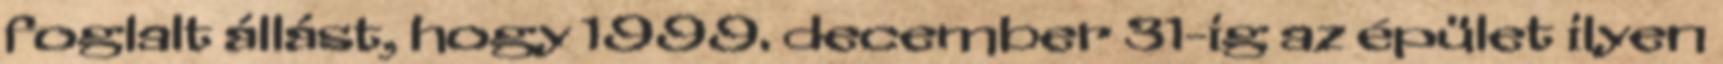
foglalt állást, hogy 1999. december 31-ig az épület ilyen